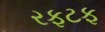
રફટફ